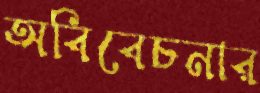
অবিবেচনার